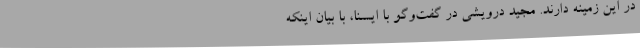
در این زمینه دارند. مجید درویشی در گفت‌وگو با ایسنا، با بیان اینکه